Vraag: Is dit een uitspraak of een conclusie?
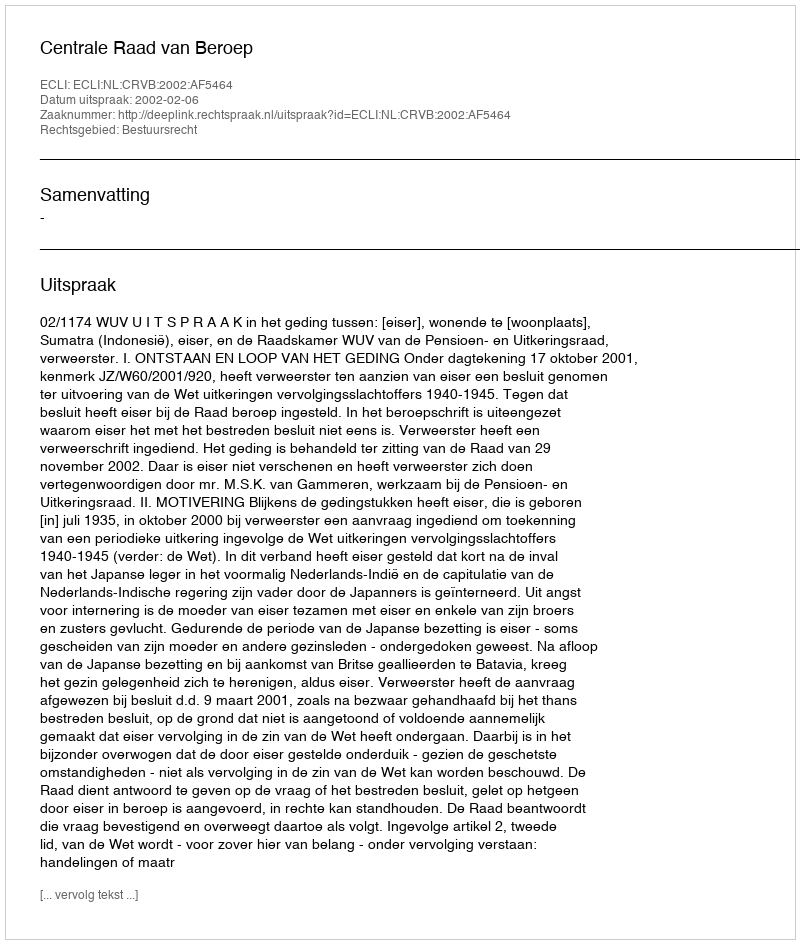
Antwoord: Uitspraak